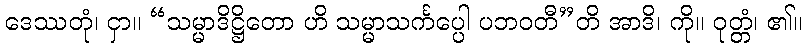
ဒေဿတုံ၊ ငှာ။ “သမ္မာဒိဋ္ဌိတော ဟိ သမ္မာသင်္ကပ္ပေါ ပဘဝတီ”တိ အာဒိ၊ ကို။ ဝုတ္တံ၊ ၏။